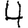
Digit: 4